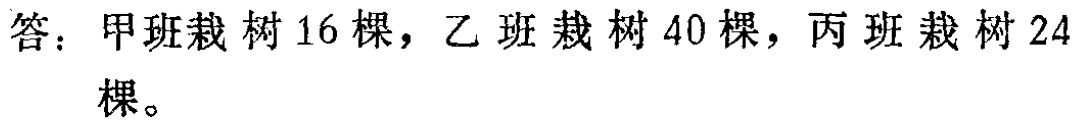
答：甲班栽树$16$棵，乙班栽树$40$棵，丙班栽树$24$棵。